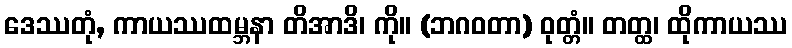
ဒေဿတုံ, ကာယဿထမ္ဘနာ တိအာဒိ၊ ကို။ (ဘဂဝတာ) ဝုတ္တံ။ တတ္ထ၊ ထိုကာယဿ